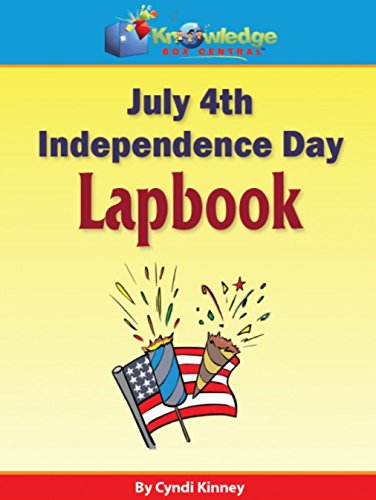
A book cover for July 4th - Independence Day Lapbook: Plus FREE Printable Ebook; Cyndi Kinney; Children's Books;